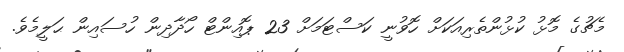
މެޗުގެ މޮޅު ކުޅުންތެރިއަކަށް ހޮވުނީ ކަސްޓަމަށް 23 ޕޮއިންޓް ހޯދާދިން ހުސައިން ޙަލީމެވެ.